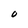
Character: O